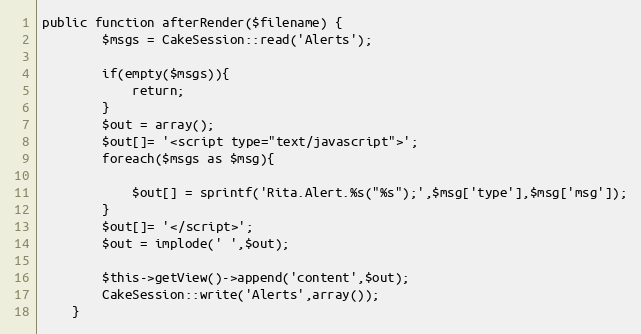
Language: PHP
public function afterRender($filename) {
		$msgs = CakeSession::read('Alerts');

		if(empty($msgs)){
			return;
		}
		$out = array();
		$out[]= '<script type="text/javascript">';
		foreach($msgs as $msg){

			$out[] = sprintf('Rita.Alert.%s("%s");',$msg['type'],$msg['msg']);
		}
		$out[]= '</script>';
		$out = implode(' ',$out);

		$this->getView()->append('content',$out);
		CakeSession::write('Alerts',array());
	}